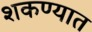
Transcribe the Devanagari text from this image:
शकण्यात